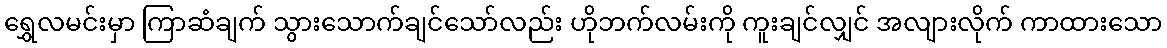
ရွှေလမင်းမှာ ကြာဆံချက် သွားသောက်ချင်သော်လည်း ဟိုဘက်လမ်းကို ကူးချင်လျှင် အလျားလိုက် ကာထားသော